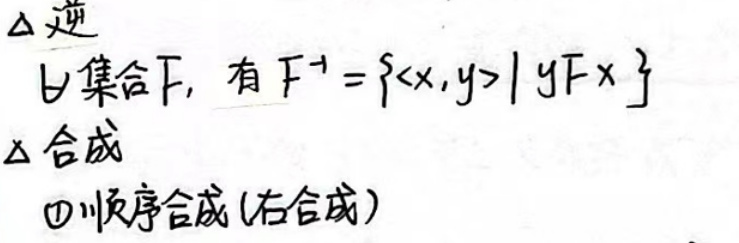
\(\Delta\)逆

\(F\)集合下，有\(F^{-1}=\{\langle x,y\rangle\mid yFx\}\)

\(\Delta\)合成

$\textcircled{1}$序合成（右合成）